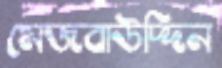
মেজবাউদ্দিন